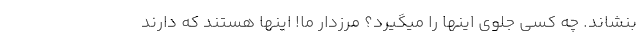
بنشاند. چه کسی جلوی اینها را میگیرد؟ مرزدار ما! اینها هستند که دارند